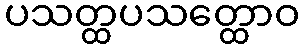
ပသတ္ထပသတ္ထောဝ